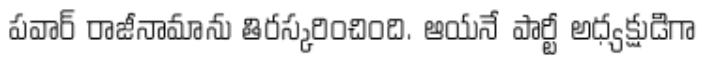
పవార్ రాజీనామాను తిరస్కరించింది. ఆయనే పార్టీ అధ్యక్షుడిగా